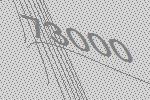
73000